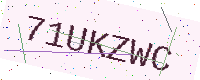
Text: 71UKZWC